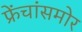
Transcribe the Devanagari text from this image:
फ्रेंचांसमोर